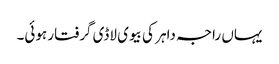
یہاں راجہ داہر کی بیوی لاڈی گرفتار ہوئی۔